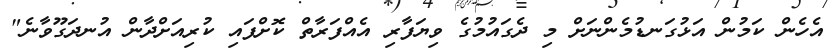
އެހެން ކަމުން އަޅުގަނޑުމެންނަށް މި ދެގައުމުގެ ވިޔަފާރި އެއްފަރާތް ކޮށްފައި ކުރިއަށްދާން އުނދަގޫވާނެ"